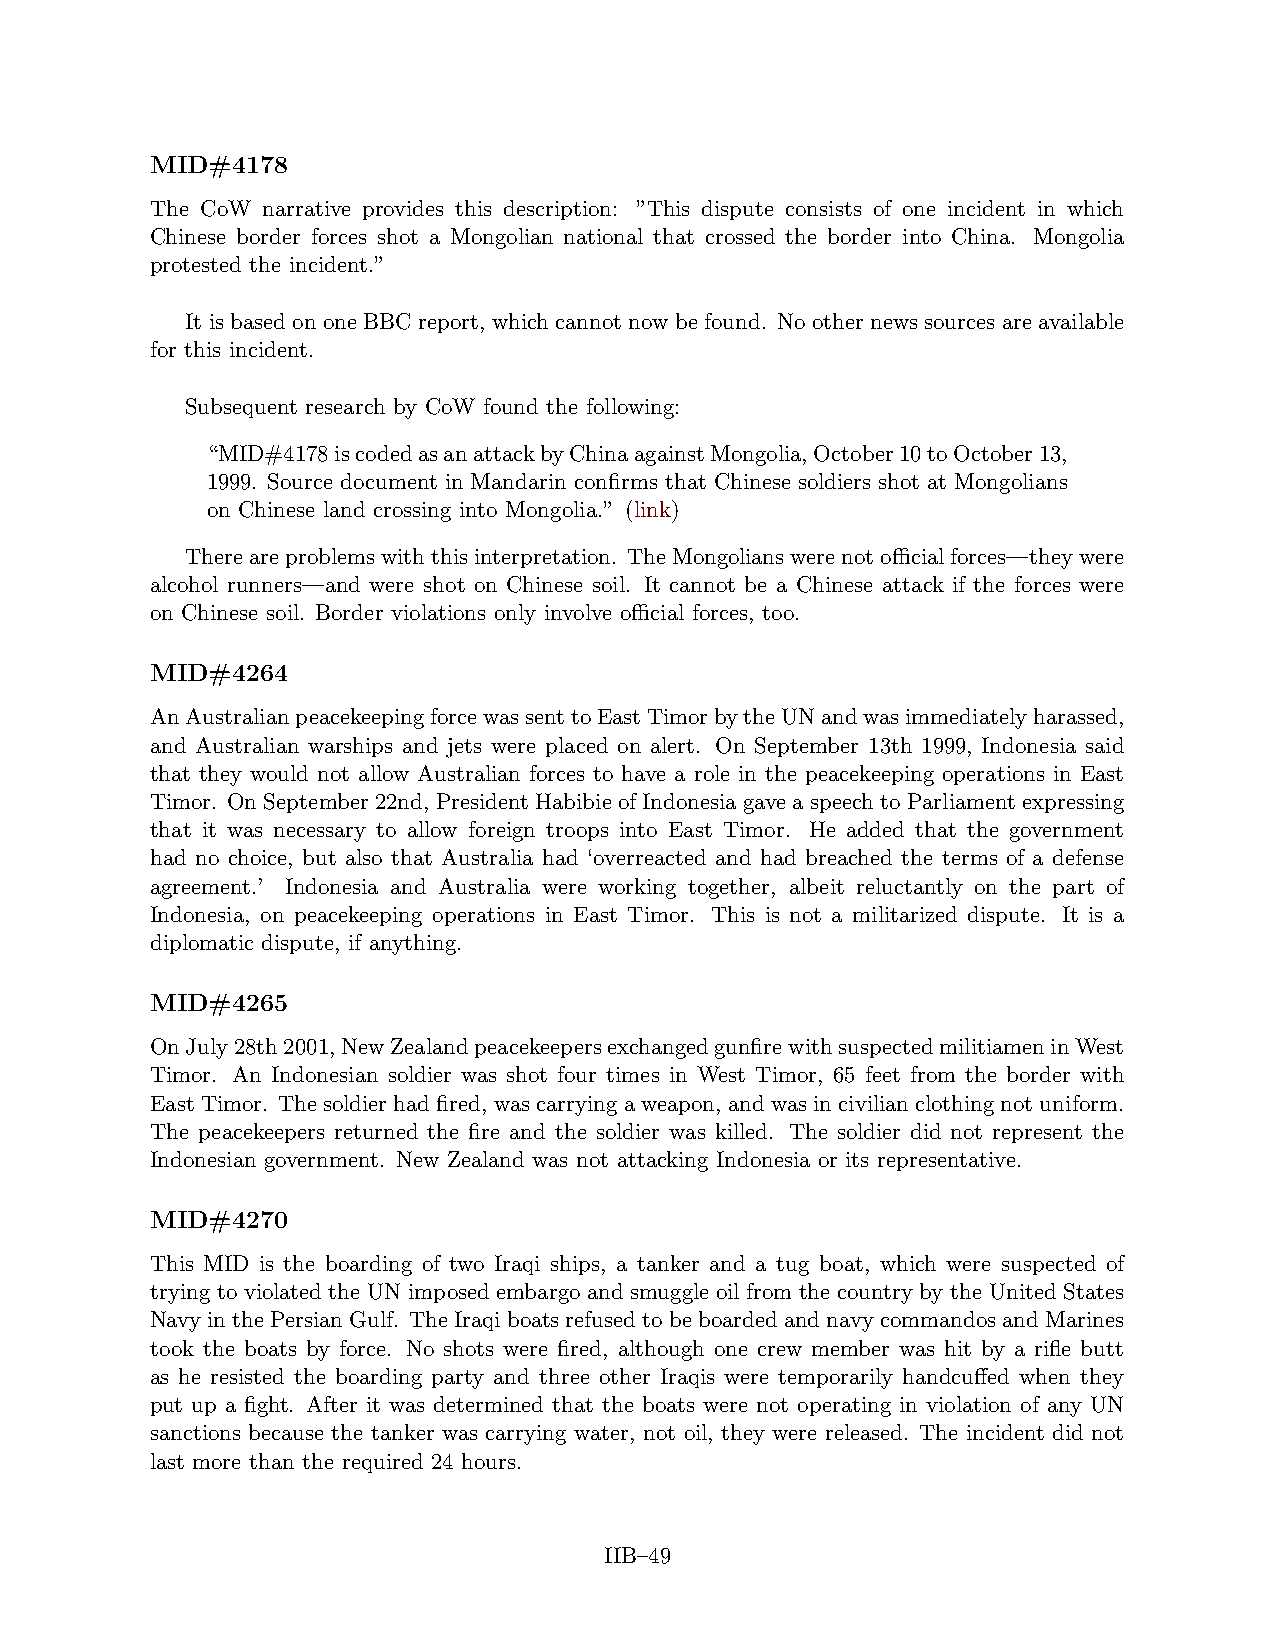
MID#4178
 The CoW narrative provides this description: ”This dispute consists of one incident in which
 Chinese border forces shot a Mongolian national that crossed the border into China. Mongolia
 protested the incident.”
 It is based on one BBC report, which cannot now be found. No other news sources are available
 for this incident.
 Subsequent research by CoW found the following:
 “MID#4178iscodedasanattackbyChinaagainstMongolia,October10toOctober13,
 1999. Source document in Mandarin confirms that Chinese soldiers shot at Mongolians
 on Chinese land crossing into Mongolia.” (link)
 Thereareproblemswiththisinterpretation. TheMongolianswerenotofficialforces—theywere
 alcohol runners—and were shot on Chinese soil. It cannot be a Chinese attack if the forces were
 on Chinese soil. Border violations only involve official forces, too.
 MID#4264
 AnAustralianpeacekeepingforcewassenttoEastTimorbytheUNandwasimmediatelyharassed,
 and Australian warships and jets were placed on alert. On September 13th 1999, Indonesia said
 that they would not allow Australian forces to have a role in the peacekeeping operations in East
 Timor. OnSeptember22nd, PresidentHabibieofIndonesiagaveaspeechtoParliamentexpressing
 that it was necessary to allow foreign troops into East Timor. He added that the government
 had no choice, but also that Australia had ‘overreacted and had breached the terms of a defense
 agreement.’ Indonesia and Australia were working together, albeit reluctantly on the part of
 Indonesia, on peacekeeping operations in East Timor. This is not a militarized dispute. It is a
 diplomatic dispute, if anything.
 MID#4265
 OnJuly28th2001,NewZealandpeacekeepersexchangedgunfirewithsuspectedmilitiameninWest
 Timor. An Indonesian soldier was shot four times in West Timor, 65 feet from the border with
 EastTimor. Thesoldierhadfired, wascarryingaweapon, andwasincivilianclothingnotuniform.
 The peacekeepers returned the fire and the soldier was killed. The soldier did not represent the
 Indonesian government. New Zealand was not attacking Indonesia or its representative.
 MID#4270
 This MID is the boarding of two Iraqi ships, a tanker and a tug boat, which were suspected of
 trying to violated the UN imposed embargo and smuggle oil from the country by the United States
 NavyinthePersianGulf. TheIraqiboatsrefusedtobeboardedandnavycommandosandMarines
 took the boats by force. No shots were fired, although one crew member was hit by a rifle butt
 as he resisted the boarding party and three other Iraqis were temporarily handcuffed when they
 put up a fight. After it was determined that the boats were not operating in violation of any UN
 sanctions because the tanker was carrying water, not oil, they were released. The incident did not
 last more than the required 24 hours.
 IIB–49